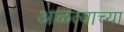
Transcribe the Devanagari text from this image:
आळत्याच्या